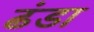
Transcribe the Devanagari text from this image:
ढंडा